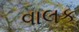
વાલક